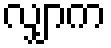
လျှာက